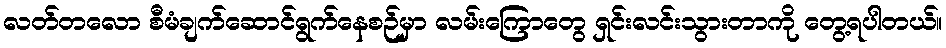
လတ်တလော စီမံချက်ဆောင်ရွက်နေစဉ်မှာ လမ်းကြောတွေ ရှင်းလင်းသွားတာကို တွေ့ရပါတယ်။